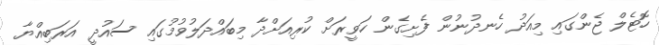
ހޮޓެލް ޖެންގައި މިއަދު ހެނދުނުން ފެށިގެން ހަވީރަށް ކުރިއަށްދާ މިބައްދަލުވުމުގައި ސައުދީ އަރަބިއްޔާ